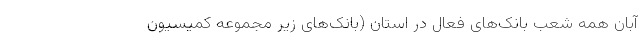
آبان همه شعب بانک‌های فعال در استان (بانک‌های زیر مجموعه کمیسیون